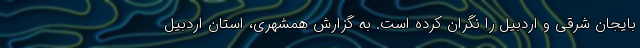
بایجان شرقی و اردبیل را نگران کرده است. به گزارش همشهری، استان اردبیل